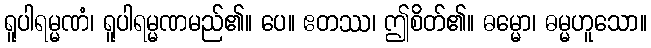
ရူပါရမ္မဏံ၊ ရူပါရမ္မဏမည်၏။ ပေ။ ဧတဿ၊ ဤစိတ်၏။ ဓမ္မော၊ ဓမ္မဟူသော။